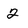
Character: 2